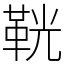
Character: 𩊠